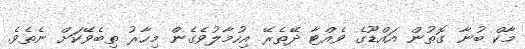
މާކް ބުނާ ގޮތުން އައްޑޫގެ ވެއްޓާ ދޭތެރޭ އިހުމާލުވެގެން މިހާރު ތިބެވޭކަށް ނެތެވެ.